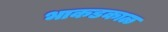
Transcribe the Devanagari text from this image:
भाकडकाळ